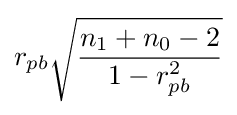
r_{pb}{\sqrt {\frac {n_{1}+n_{0}-2}{1-r_{pb}^{2}}}}